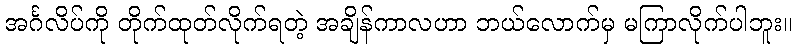
အင်္ဂလိပ်ကို တိုက်ထုတ်လိုက်ရတဲ့ အချိန်ကာလဟာ ဘယ်လောက်မှ မကြာလိုက်ပါဘူး။